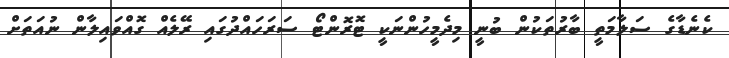
ކެނެޑާގެ ސަލާމަތީ ބާރުތަކުން ބުނީ މިދެމީހުންނަކީ ޓޮރޮންޓޯ ސަރަހައްދުގައި ރޭލެއް ގޮއްވައިލާން ނުއަތަށް